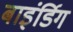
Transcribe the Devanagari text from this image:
बाइंर्डिग